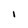
Character: I